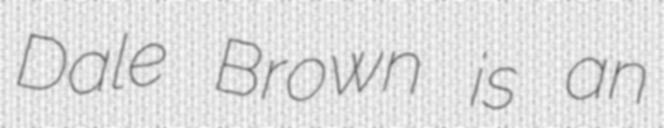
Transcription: Dale Brown is an